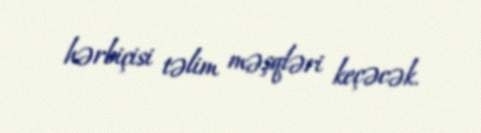
hərbiçisi təlim məşqləri keçəcək.